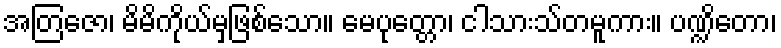
အတြဇော၊ မိမိကိုယ်မှဖြစ်သော။ မေပုတ္တော၊ ငါသားသ်တမူကား။ ပဏ္ဍိတော၊